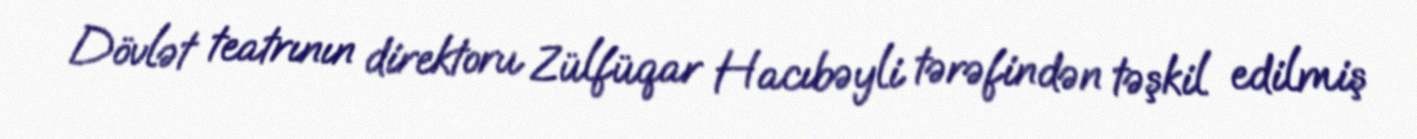
Dövlət teatrının direktoru Zülfüqar Hacıbəyli tərəfindən təşkil edilmiş